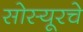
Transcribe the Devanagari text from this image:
सोस्यूरचे